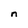
Character: n